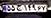
۵۵ج۱۴۹۶۷